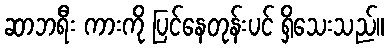
ဆာဘရီး ကားကို ပြင်နေတုန်းပင် ရှိသေးသည်။